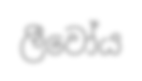
ලීවෝය